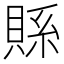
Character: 𮚇